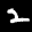
Label: 2